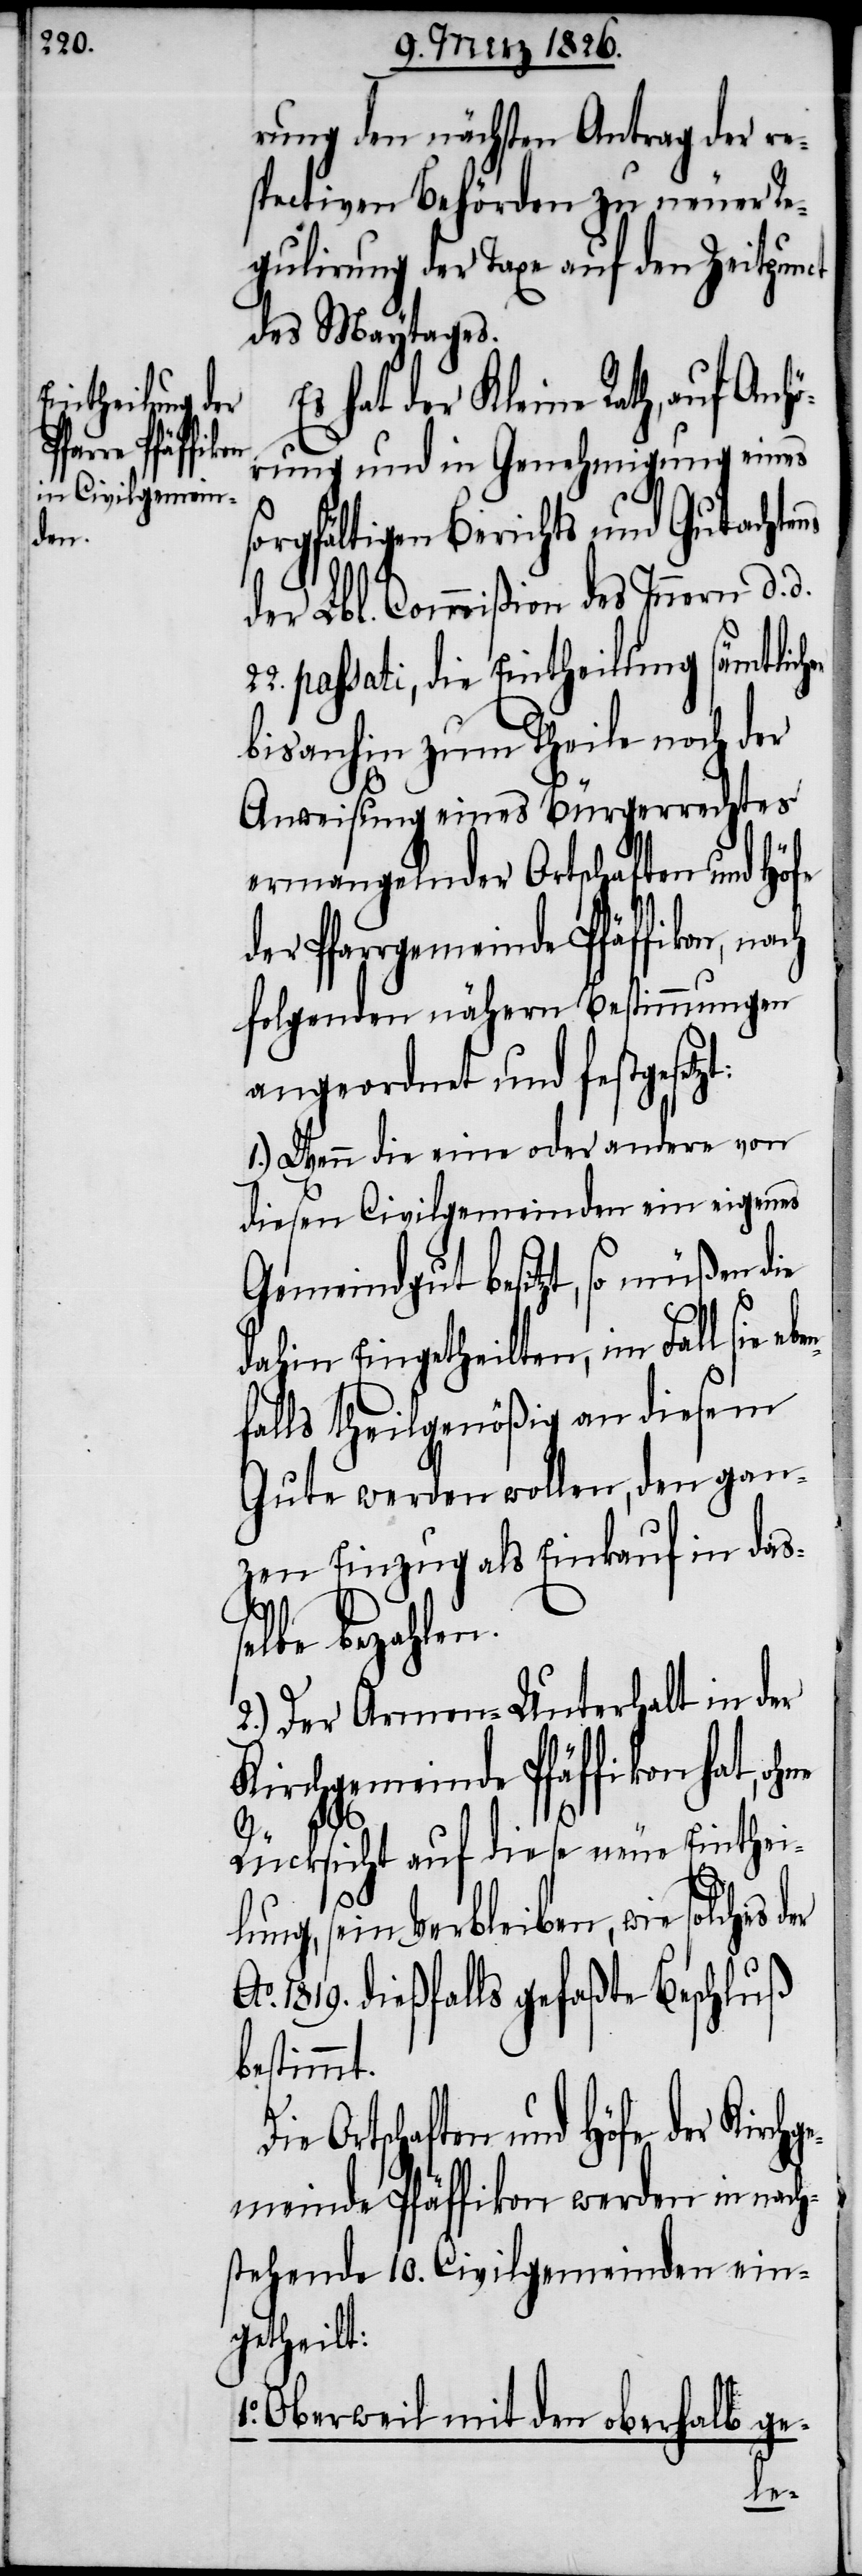
eben¬

rung den nächsten Antrag der re¬
spectiven Behörden zu neuer Re¬
gulirung der Taxe auf den Zeitpun¬
des Maytages.
Es hat der Kleine Rath, auf Anhö¬
rung und in Genehmigung eines
sorgfältigen Berichts und Gutachtens
der Lbl. Commißion des Innern d. d.
passati, die Eintheilung sämtlich¬
bisanhin zum Theile noch der
Anweisung eines Bürgerrechtes
ermangelnder Ortschaften und Höfe
der Pfarrgemeinde Pfäffikon,
folgenden nähern Bestimmungen
angeordnet und festgesetz¬
1.) Wenn die eine oder andere von
diesen Civilgemeinden ein eigenes
Gemeindgut besitzt, so müßen die
dahin Eingetheilten, im Fall sie
falls theilgenößig an diesem
Gute werden wollen, den gan¬
zen Einzug als Einkauf in das¬
selbe bezahlen.
2.) Der Armen-Unterhalt in der
Kirchgemeinde Pfäffikon hat, o¬
Ao.
hne
Rücksicht auf diese neue Einthei¬
lung, sein Verbleiben, wie solches
1819. dießfalls gefaßte Beschluß
bestimmt.
t:
Die Ortschaften und Höfe der Kirchge¬
meinde Pfäffikon werden in nach¬
stehende 10. Civilgemeinden ein¬
getheilt:
1. Oberweil mit den oberhalb ge-
der